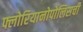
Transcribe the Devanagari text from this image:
फ्लोरियानोपोलिसची